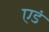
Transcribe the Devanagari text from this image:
एडं